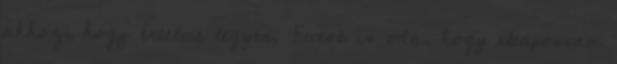
ahhoz, hogy értelme legyen. Futok is oda, hogy eltapossam